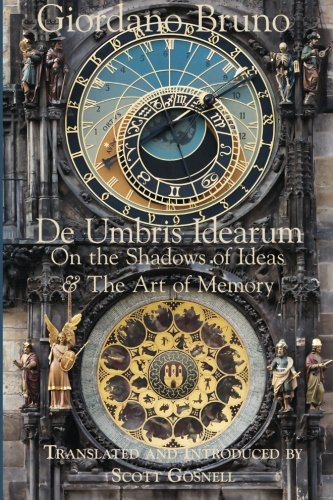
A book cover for De Umbris Idearum: On the Shadows of Ideas; Giordano Bruno; Medical Books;